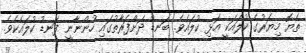
ތެޔޮ މިޔަރުގެ ކުލައަކީ އަޅި ކުލައެވެ. ބަނޑު ދަށްފަރާތުގައި ހުންނާނީ ފަނޑު ކުލައެކެވެ.